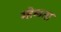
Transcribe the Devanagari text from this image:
म्हॆळता